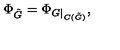
\Phi _ { \tilde { G } } = \Phi _ { G \mid _ { C ( \tilde { G } ) } } ,